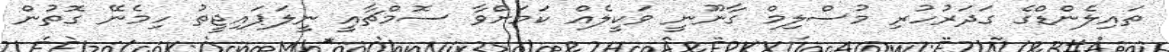
ތައިލެންޑްގެ ގަދަރުހުރި މުސްލިމް ގާނޫނީ ވަކީލެއް ކަމަށްވާ ސޮމްޗާއީ ނީލަޕައިޖީތު ހިމެނޭ ގޮތުން